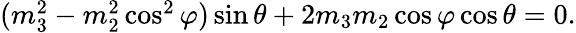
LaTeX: \begin{array}{r}{(m_{3}^{2}-m_{2}^{2}\cos^{2}\varphi)\sin\theta+2m_{3}m_{2}\cos\varphi\cos\theta=0.}\end{array}